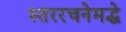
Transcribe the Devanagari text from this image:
स्तररचनेमद्धे